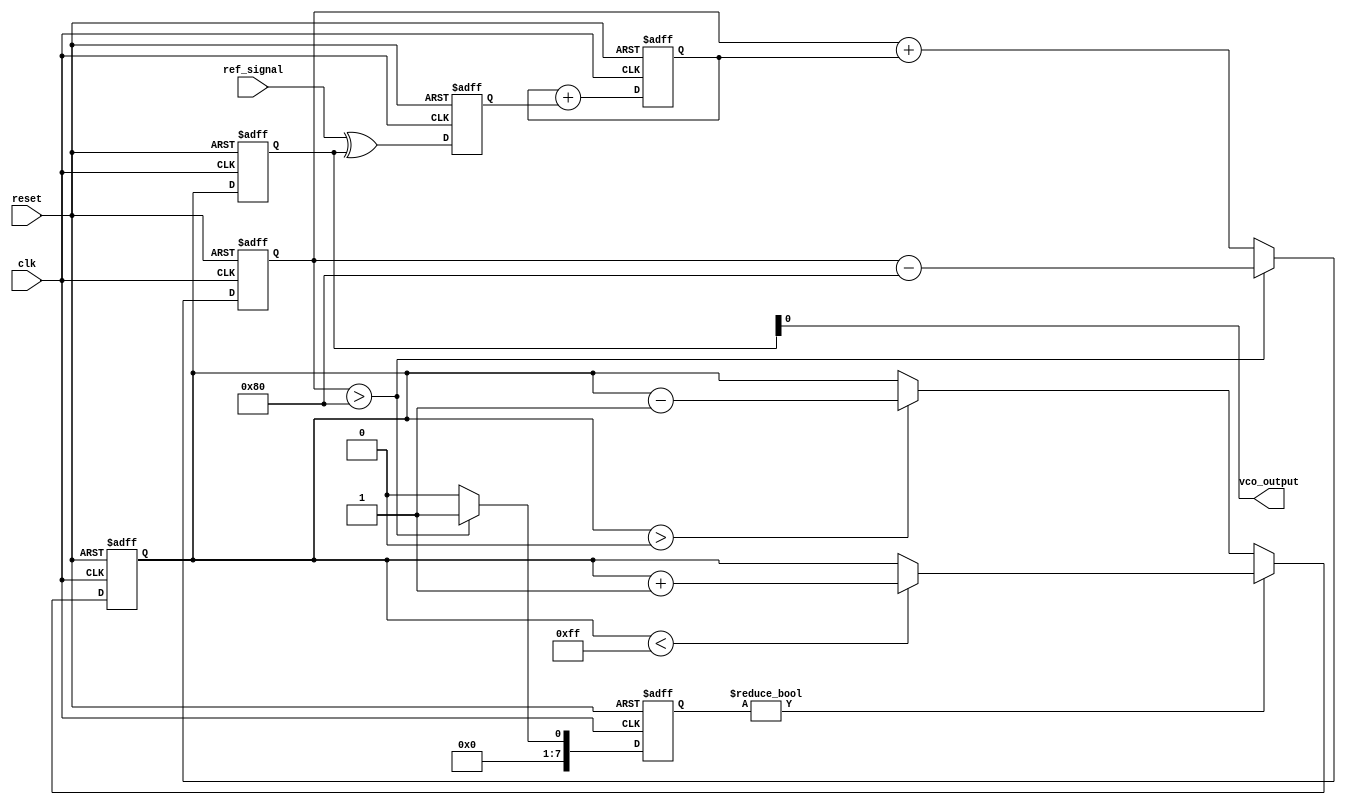
module sigma_delta_pll (
    input wire clk,              // System clock
    input wire reset,            // Reset signal
    input wire ref_signal,       // Reference input signal
    output wire vco_output       // VCO output signal
);

// Parameters
parameter N = 8;                // Bit width for the sigma-delta modulator
parameter VCO_MAX = 255;        // Maximum VCO output value
parameter VCO_MIN = 0;          // Minimum VCO output value

// Internal signals
reg [N-1:0] phase_error;        // Phase error from phase detector
reg [N-1:0] control_signal;     // Control signal from loop filter
reg [N-1:0] vco_control;        // Control signal for VCO
reg [N-1:0] vco_output_reg;     // VCO output register
reg [N-1:0] integrator;         // Integrator for sigma-delta modulator
reg [N-1:0] quantized_output;   // Quantized output of sigma-delta modulator

// Phase Detector (PD)
always @(posedge clk or posedge reset) begin
    if (reset) begin
        phase_error <= 0;
    end else begin
        // Simple XOR phase detector
        phase_error <= (ref_signal ^ vco_output_reg);
    end
end

// Loop Filter (simple first-order filter)
always @(posedge clk or posedge reset) begin
    if (reset) begin
        control_signal <= 0;
    end else begin
        control_signal <= control_signal + phase_error; // Integrate phase error
    end
end

// Sigma-Delta Modulator
always @(posedge clk or posedge reset) begin
    if (reset) begin
        integrator <= 0;
        quantized_output <= 0;
    end else begin
        integrator <= integrator + control_signal; // Integrate control signal
        // 1-bit quantizer
        if (integrator > (1 << (N-1))) begin
            quantized_output <= 1; // Output high
            integrator <= integrator - (1 << (N-1)); // Feedback
        end else begin
            quantized_output <= 0; // Output low
        end
    end
end

// Voltage-Controlled Oscillator (VCO)
always @(posedge clk or posedge reset) begin
    if (reset) begin
        vco_control <= VCO_MIN;
        vco_output_reg <= 0;
    end else begin
        // Update VCO control based on quantized output
        if (quantized_output) begin
            if (vco_control < VCO_MAX) begin
                vco_control <= vco_control + 1; // Increase frequency
            end
        end else begin
            if (vco_control > VCO_MIN) begin
                vco_control <= vco_control - 1; // Decrease frequency
            end
        end
        vco_output_reg <= vco_control; // Update VCO output
    end
end

// Assign output
assign vco_output = vco_output_reg;

endmodule